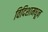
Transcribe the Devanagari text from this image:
विदिशामधून